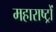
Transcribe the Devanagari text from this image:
महाराष्ट्रों